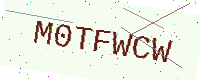
Text: M0TFWCW